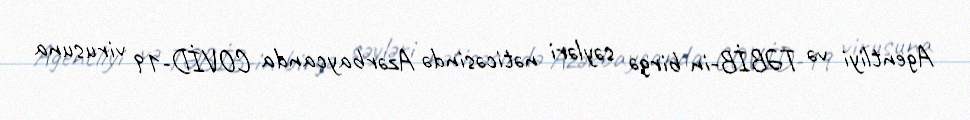
Agentliyi və TƏBİB-in birgə səyləri nəticəsində Azərbaycanda COVİD-19 virusuna